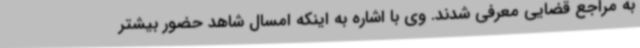
به مراجع قضایی معرفی شدند. وی با اشاره به اینکه امسال شاهد حضور بیشتر